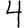
Digit: 4